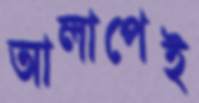
আলাপেই